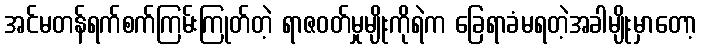
အင်မတန်ရက်စက်ကြမ်းကြုတ်တဲ့ ရာဇဝတ်မှုမျိုးကိုရဲက ခြေရာခံမရတဲ့အခါမျိုးမှာတော့